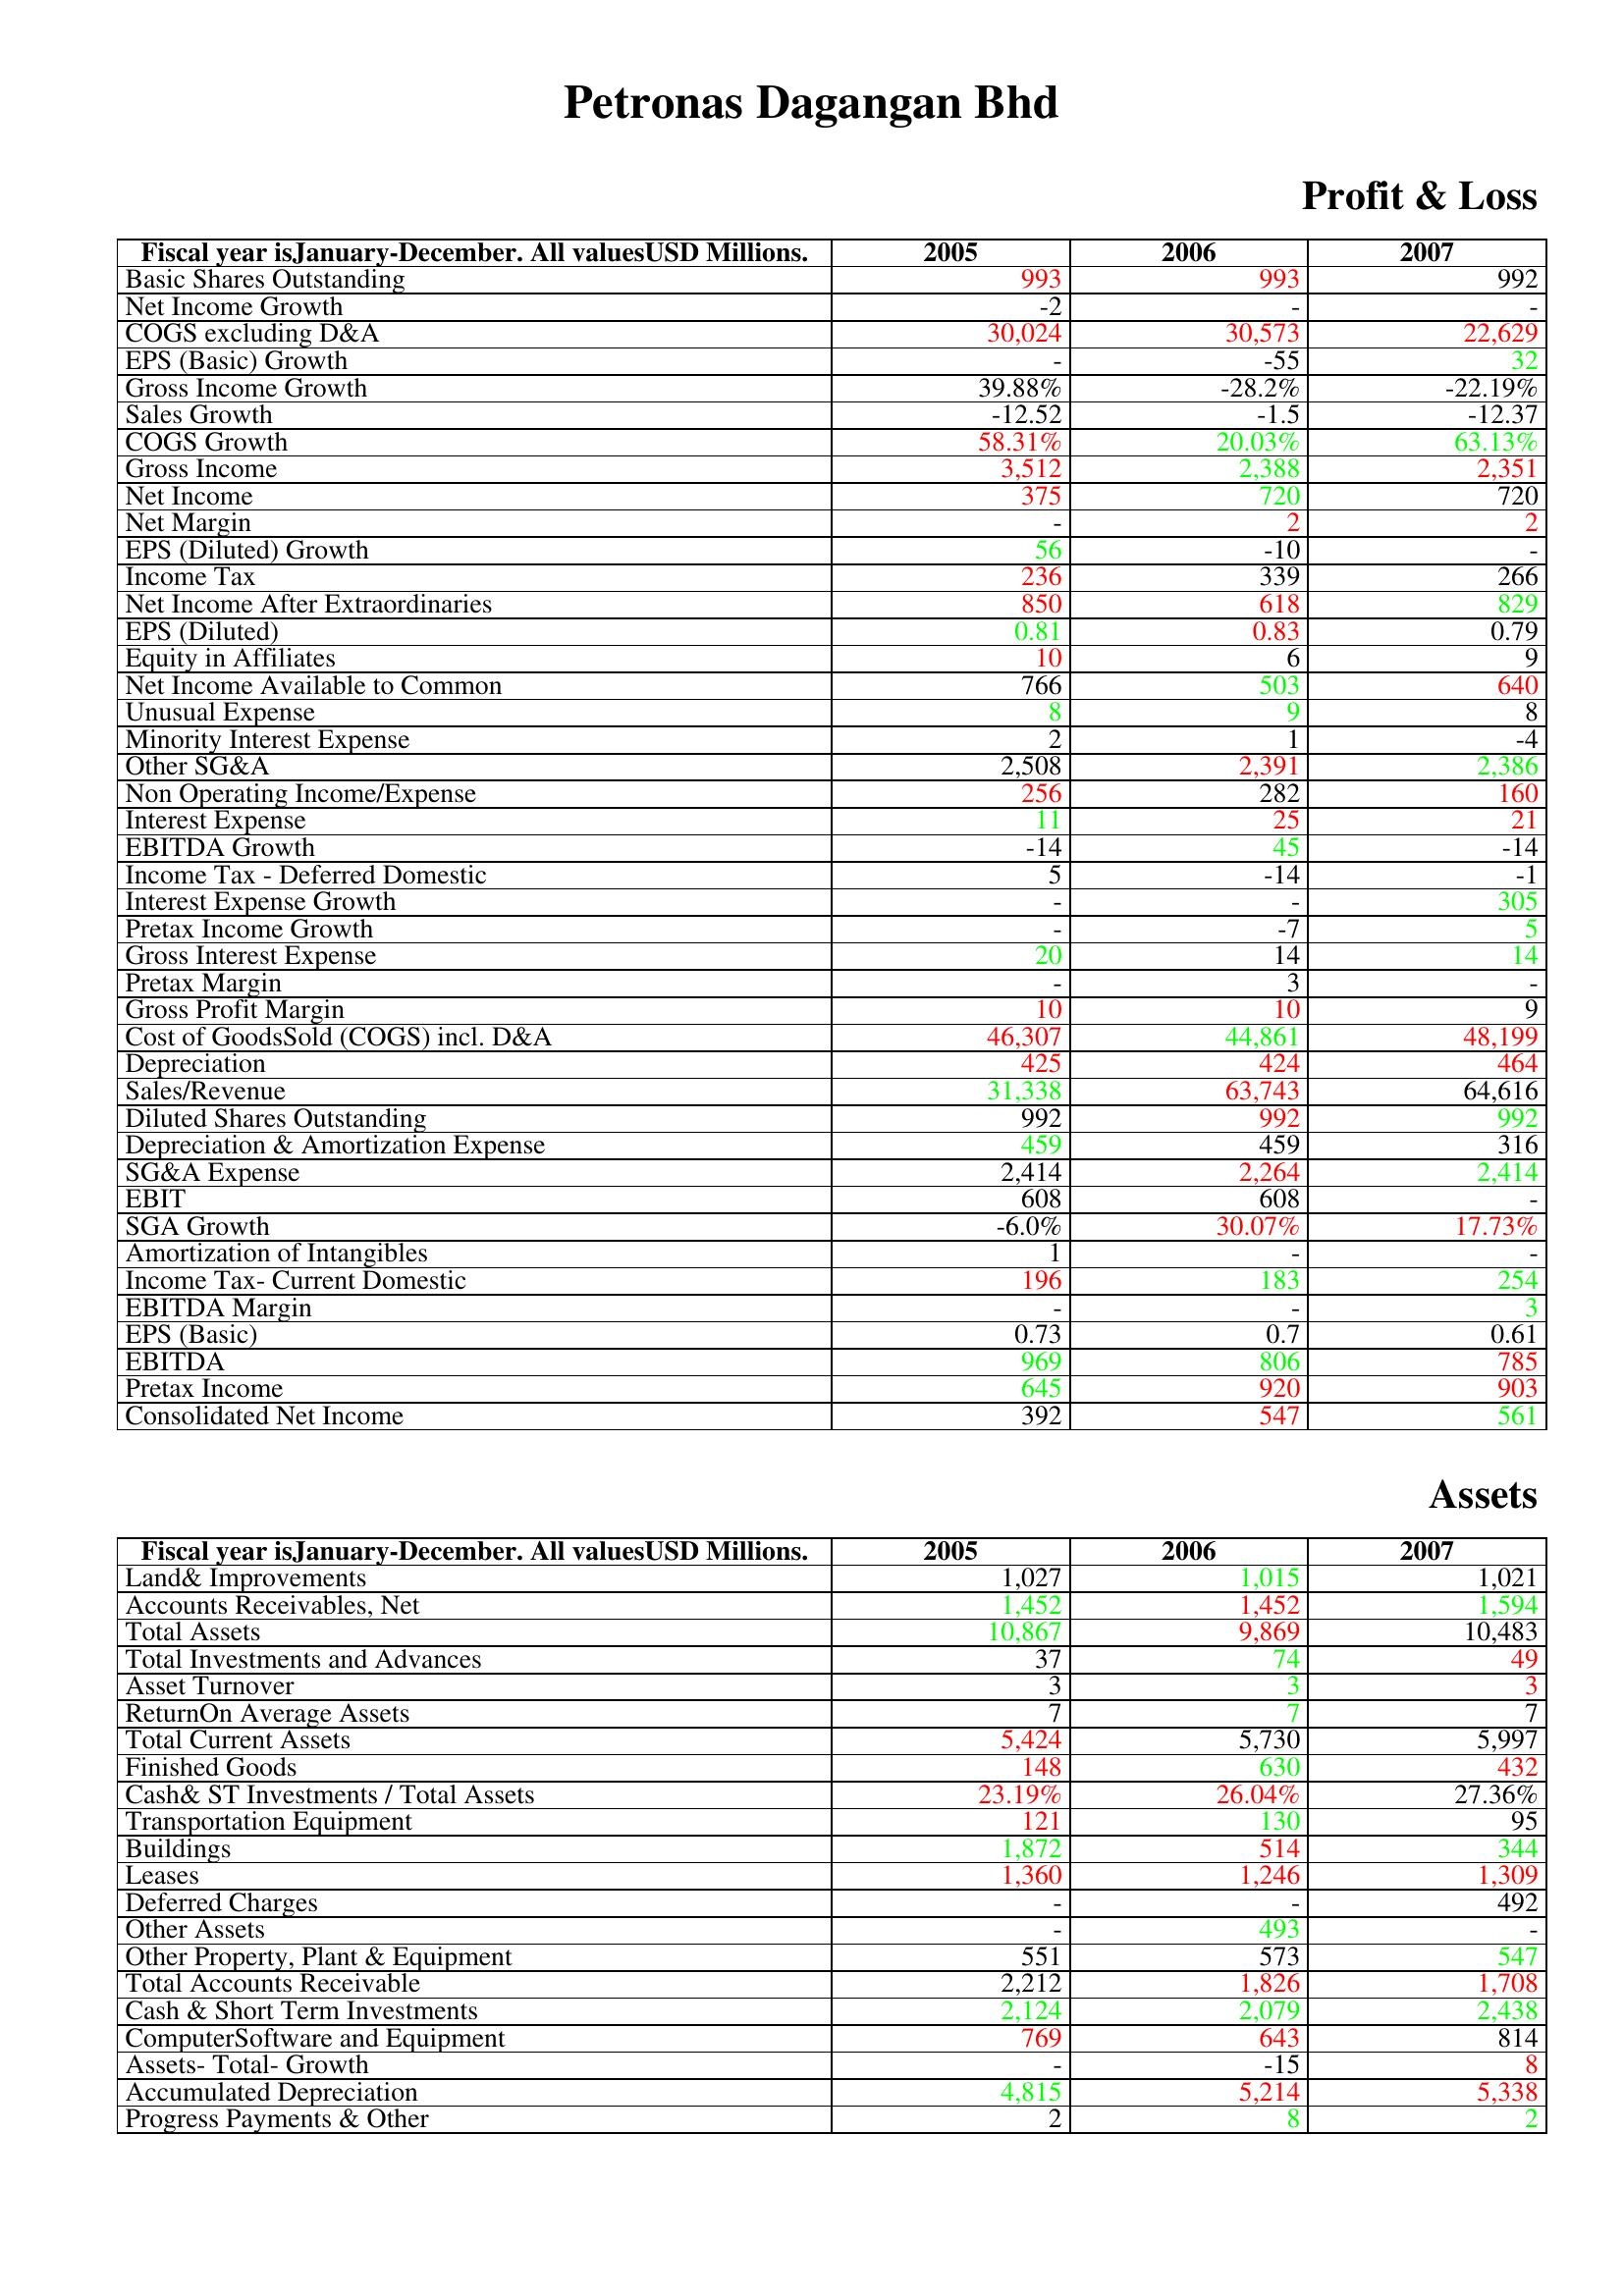
gt_parse: 2005: Profit & Loss: Basic Shares Outstanding: 993
Net Income Growth: -2
COGS excluding D&A: 30,024
EPS (Basic) Growth: -
Gross Income Growth: 39.88%
Sales Growth: -12.52
COGS Growth: 58.31%
Gross Income: 3,512
Net Income: 375
Net Margin: -
EPS (Diluted) Growth: 56
Income Tax: 236
Net Income After Extraordinaries: 850
EPS (Diluted): 0.81
Equity in Affiliates: 10
Net Income Available to Common: 766
Unusual Expense: 8
Minority Interest Expense: 2
Other SG&A: 2,508
Non Operating Income/Expense: 256
Interest Expense: 11
EBITDA Growth: -14
Income Tax - Deferred Domestic: 5
Interest Expense Growth: -
Pretax Income Growth: -
Gross Interest Expense: 20
Pretax Margin: -
Gross Profit Margin: 10
Cost of GoodsSold (COGS) incl. D&A: 46,307
Depreciation: 425
Sales/Revenue: 31,338
Diluted Shares Outstanding: 992
Depreciation & Amortization Expense: 459
SG&A Expense: 2,414
EBIT: 608
SGA Growth: -6.0%
Amortization of Intangibles: 1
Income Tax- Current Domestic: 196
EBITDA Margin: -
EPS (Basic): 0.73
EBITDA: 969
Pretax Income: 645
Consolidated Net Income: 392
Assets: Land& Improvements: 1,027
Accounts Receivables, Net: 1,452
Total Assets: 10,867
Total Investments and Advances: 37
Asset Turnover: 3
ReturnOn Average Assets: 7
Total Current Assets: 5,424
Finished Goods: 148
Cash& ST Investments / Total Assets: 23.19%
Transportation Equipment: 121
Buildings: 1,872
Leases: 1,360
Deferred Charges: -
Other Assets: -
Other Property, Plant & Equipment: 551
Total Accounts Receivable: 2,212
Cash & Short Term Investments: 2,124
ComputerSoftware and Equipment: 769
Assets- Total- Growth: -
Accumulated Depreciation: 4,815
Progress Payments & Other: 2
2006: Profit & Loss: Basic Shares Outstanding: 993
Net Income Growth: -
COGS excluding D&A: 30,573
EPS (Basic) Growth: -55
Gross Income Growth: -28.2%
Sales Growth: -1.5
COGS Growth: 20.03%
Gross Income: 2,388
Net Income: 720
Net Margin: 2
EPS (Diluted) Growth: -10
Income Tax: 339
Net Income After Extraordinaries: 618
EPS (Diluted): 0.83
Equity in Affiliates: 6
Net Income Available to Common: 503
Unusual Expense: 9
Minority Interest Expense: 1
Other SG&A: 2,391
Non Operating Income/Expense: 282
Interest Expense: 25
EBITDA Growth: 45
Income Tax - Deferred Domestic: -14
Interest Expense Growth: -
Pretax Income Growth: -7
Gross Interest Expense: 14
Pretax Margin: 3
Gross Profit Margin: 10
Cost of GoodsSold (COGS) incl. D&A: 44,861
Depreciation: 424
Sales/Revenue: 63,743
Diluted Shares Outstanding: 992
Depreciation & Amortization Expense: 459
SG&A Expense: 2,264
EBIT: 608
SGA Growth: 30.07%
Amortization of Intangibles: -
Income Tax- Current Domestic: 183
EBITDA Margin: -
EPS (Basic): 0.7
EBITDA: 806
Pretax Income: 920
Consolidated Net Income: 547
Assets: Land& Improvements: 1,015
Accounts Receivables, Net: 1,452
Total Assets: 9,869
Total Investments and Advances: 74
Asset Turnover: 3
ReturnOn Average Assets: 7
Total Current Assets: 5,730
Finished Goods: 630
Cash& ST Investments / Total Assets: 26.04%
Transportation Equipment: 130
Buildings: 514
Leases: 1,246
Deferred Charges: -
Other Assets: 493
Other Property, Plant & Equipment: 573
Total Accounts Receivable: 1,826
Cash & Short Term Investments: 2,079
ComputerSoftware and Equipment: 643
Assets- Total- Growth: -15
Accumulated Depreciation: 5,214
Progress Payments & Other: 8
2007: Profit & Loss: Basic Shares Outstanding: 992
Net Income Growth: -
COGS excluding D&A: 22,629
EPS (Basic) Growth: 32
Gross Income Growth: -22.19%
Sales Growth: -12.37
COGS Growth: 63.13%
Gross Income: 2,351
Net Income: 720
Net Margin: 2
EPS (Diluted) Growth: -
Income Tax: 266
Net Income After Extraordinaries: 829
EPS (Diluted): 0.79
Equity in Affiliates: 9
Net Income Available to Common: 640
Unusual Expense: 8
Minority Interest Expense: -4
Other SG&A: 2,386
Non Operating Income/Expense: 160
Interest Expense: 21
EBITDA Growth: -14
Income Tax - Deferred Domestic: -1
Interest Expense Growth: 305
Pretax Income Growth: 5
Gross Interest Expense: 14
Pretax Margin: -
Gross Profit Margin: 9
Cost of GoodsSold (COGS) incl. D&A: 48,199
Depreciation: 464
Sales/Revenue: 64,616
Diluted Shares Outstanding: 992
Depreciation & Amortization Expense: 316
SG&A Expense: 2,414
EBIT: -
SGA Growth: 17.73%
Amortization of Intangibles: -
Income Tax- Current Domestic: 254
EBITDA Margin: 3
EPS (Basic): 0.61
EBITDA: 785
Pretax Income: 903
Consolidated Net Income: 561
Assets: Land& Improvements: 1,021
Accounts Receivables, Net: 1,594
Total Assets: 10,483
Total Investments and Advances: 49
Asset Turnover: 3
ReturnOn Average Assets: 7
Total Current Assets: 5,997
Finished Goods: 432
Cash& ST Investments / Total Assets: 27.36%
Transportation Equipment: 95
Buildings: 344
Leases: 1,309
Deferred Charges: 492
Other Assets: -
Other Property, Plant & Equipment: 547
Total Accounts Receivable: 1,708
Cash & Short Term Investments: 2,438
ComputerSoftware and Equipment: 814
Assets- Total- Growth: 8
Accumulated Depreciation: 5,338
Progress Payments & Other: 2